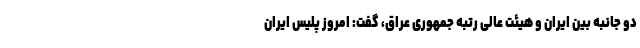
دو جانبه بین ایران و هیئت عالی رتبه جمهوری عراق، گفت: امروز پلیس ایران